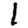
Digit: 1